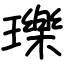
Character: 瓅